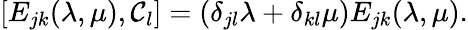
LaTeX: [E_{jk}(\lambda,\mu),{\cal C}_{l}]=(\delta_{jl}\lambda+\delta_{kl}\mu)E_{jk}(\lambda,\mu).